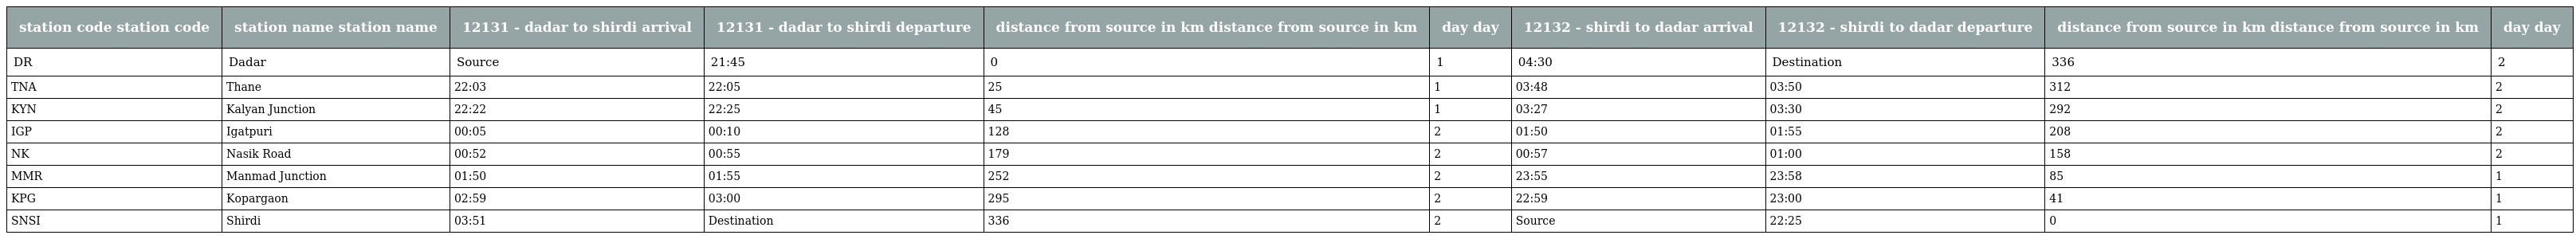
| station code station code | station name station name | 12131 - dadar to shirdi arrival | 12131 - dadar to shirdi departure | distance from source in km distance from source in km | day day | 12132 - shirdi to dadar arrival | 12132 - shirdi to dadar departure | distance from source in km distance from source in km | day day |
 | --- | --- | --- | --- | --- | --- | --- | --- | --- | --- |
 | DR | Dadar | Source | 21:45 | 0 | 1 | 04:30 | Destination | 336 | 2 |
 | TNA | Thane | 22:03 | 22:05 | 25 | 1 | 03:48 | 03:50 | 312 | 2 |
 | KYN | Kalyan Junction | 22:22 | 22:25 | 45 | 1 | 03:27 | 03:30 | 292 | 2 |
 | IGP | Igatpuri | 00:05 | 00:10 | 128 | 2 | 01:50 | 01:55 | 208 | 2 |
 | NK | Nasik Road | 00:52 | 00:55 | 179 | 2 | 00:57 | 01:00 | 158 | 2 |
 | MMR | Manmad Junction | 01:50 | 01:55 | 252 | 2 | 23:55 | 23:58 | 85 | 1 |
 | KPG | Kopargaon | 02:59 | 03:00 | 295 | 2 | 22:59 | 23:00 | 41 | 1 |
 | SNSI | Shirdi | 03:51 | Destination | 336 | 2 | Source | 22:25 | 0 | 1 |